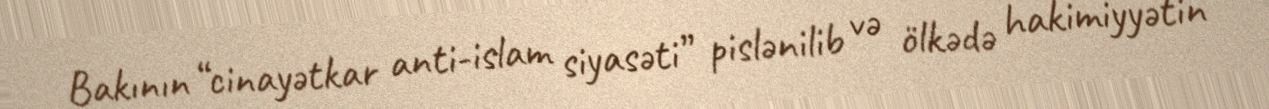
Bakının “cinayətkar anti-islam siyasəti” pislənilib və ölkədə hakimiyyətin